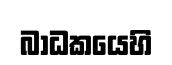
බාධකයෙහි